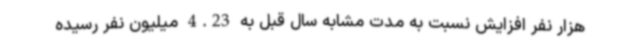
هزار نفر افزایش نسبت به مدت مشابه سال قبل به 4.23 میلیون نفر رسیده